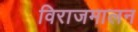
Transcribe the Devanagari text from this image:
विराजमालन